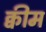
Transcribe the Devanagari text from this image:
क्वीम